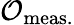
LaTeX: \mathcal{O}_{\mathrm{meas.}}